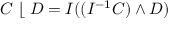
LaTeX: C \; \lfloor \; D = I ( ( I ^ { - 1 } C ) \wedge D )